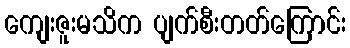
ကျေးဇူးမသိက ပျက်စီးတတ်ကြောင်း